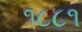
૧૮૮૧